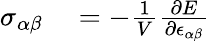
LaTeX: \begin{array}{rl}{\sigma_{\alpha\beta}}&{{}=-\frac{1}{V}\frac{\partial E}{\partial\epsilon_{\alpha\beta}}}\end{array}